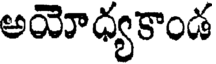
అయోధ్యకాండ